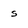
Character: s